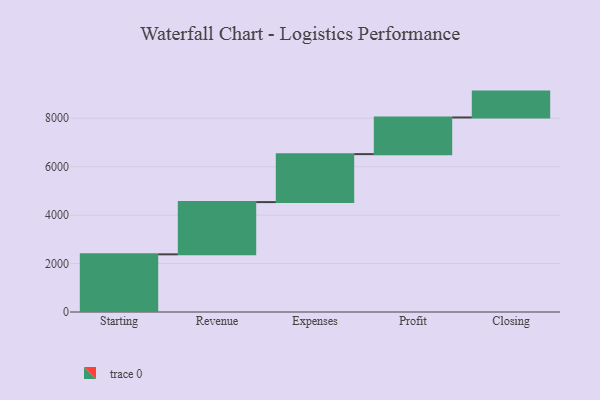
{"axis": {"x": "Step", "y": "Value"}, "legend": [""], "data": [{"x": "Starting", "y": 2381.0, "type": ""}, {"x": "Revenue", "y": 2157.0, "type": ""}, {"x": "Expenses", "y": 1981.0, "type": ""}, {"x": "Profit", "y": 1514.0, "type": ""}, {"x": "Closing", "y": 1068.0, "type": ""}]}